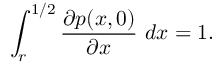
\int _ { r } ^ { 1 / 2 } \frac { \partial p ( x , 0 ) } { \partial x } ~ d x = 1 .